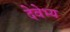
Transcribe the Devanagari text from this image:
देवेभ्य